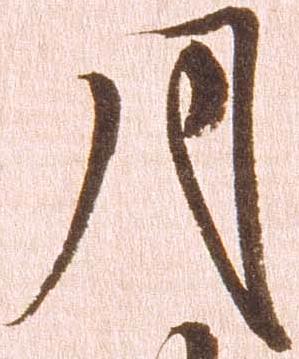
月